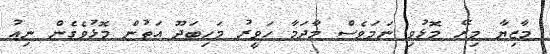
މާޒިޔާ މިރޭ މޮޅުވި ނަމަވެސް މާދަމާ ހަވީރު މަހިބަދޫ އަތުން މޮޅުވެގެން ނިއު